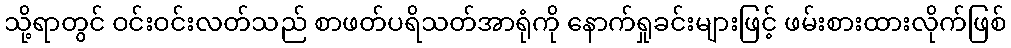
သို့ရာတွင် ဝင်းဝင်းလတ်သည် စာဖတ်ပရိသတ်အာရုံကို နောက်ရှုခင်းများဖြင့် ဖမ်းစားထားလိုက်ဖြစ်